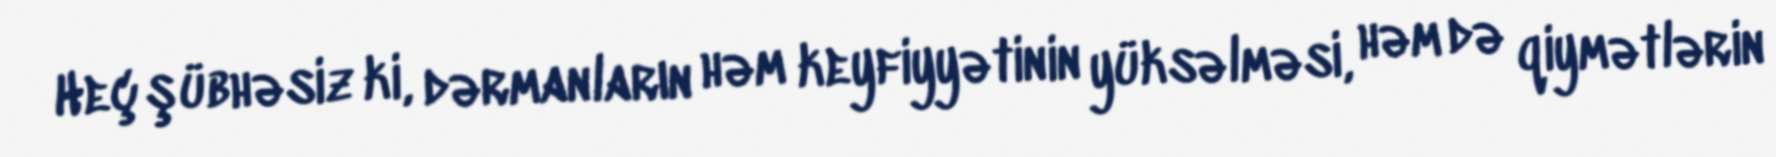
Heç şübhəsiz ki, dərmanların həm keyfiyyətinin yüksəlməsi, həm də qiymətlərin